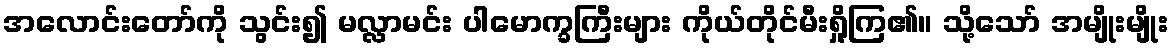
အလောင်းတော်ကို သွင်း၍ မလ္လာမင်း ပါမောက္ခကြီးများ ကိုယ်တိုင်မီးရှို့ကြ၏။ သို့သော် အမျိုးမျိုး